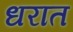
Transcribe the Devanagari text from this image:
धरात